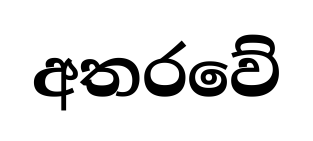
අතරවේ